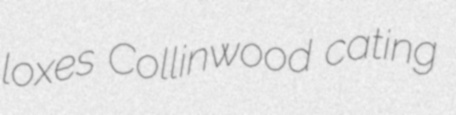
loxes Collinwood cating